Lunatic asylums in Bengal annual reports 1888-1898 - 1888-1898
Year: 1888
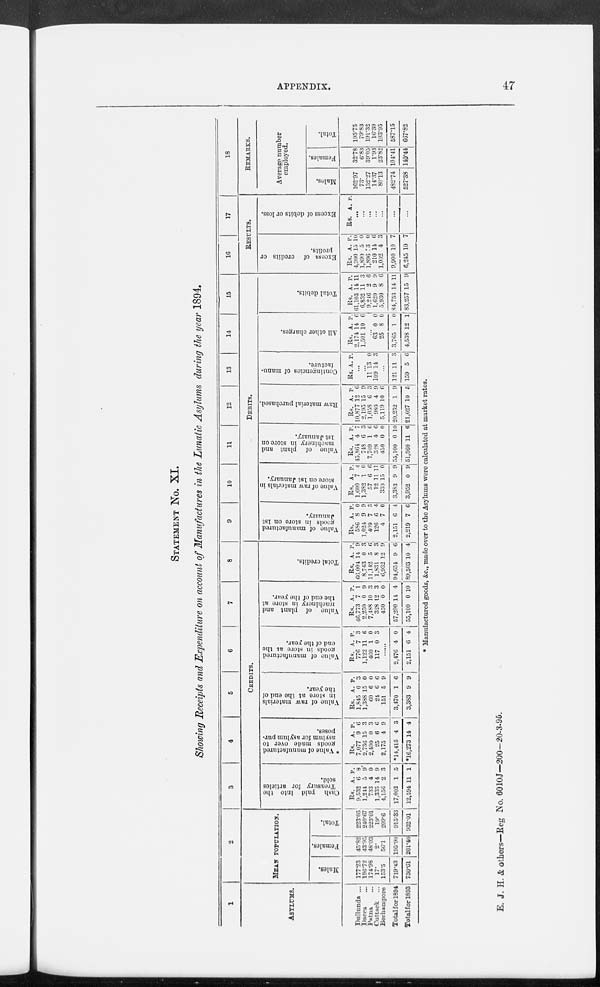
APPENDIX.
47
STATEMENT No. XI.
Showing Receipts and Expenditure on account of Manufactures in the Lunatic Asylums during the year 1894.
1
ASYLUMS.
Dullunda ...
Dacca
...
Patna ...
Cuttack
...
Berhampore
Total for 1894
Total for 1893
2
MEAN POPULATION.
Males.
177.23
196.72
174.08
17.
153.5
719.43
730.61
Females.
45.82
43.95
48.03
2.
56.1
195.90
201.40
Total.
223.05
240.67
223.01
19.
209.6
915.33
932.01
3
4
5
6
7
8
CREDITS.
Cash paid into the
Treasury for articles
sold.
Rs.
9,532
1,244
733
1,335
4,156
17,002
12,594
A.
6
5
4
14
2
1
11
P.
8
9
0
9
3
5
1
* Value of manufactured
goods made over to
asylum for asylum pur-
poses.
Rs.
7,077
2,736
2,400
25
2,175
*14,415
*16,273
A.
9
15
0
6
4
4
14
P.
6
3
3
6
9
3
4
Value of raw materials
in store at the end of
the year.
Rs.
1,845
1,388
60
24
151
3,470
3,383
A.
0
15
6
6
5
1
9
P.
3
0
0
6
9
6
9
Value of manufactured
goods in store at the
end of the year.
Rs.
776
1,122
460
117
A.
7
11
1
0
P.
3
6
0
3
......
2,476
2,151
4
6
0
4
Value of plant and
machinery in store at
the end of the year.
Rs.
46,773
2,250
7,488
328
450
57,290
55,100
A.
7
0
10
12
0
14
0
P.
1
9
3
3
0
4
10
Total credits.
Rs.
66,004
8,743
11,142
1,831
6,932
94,654
89,503
A.
14
0
5
8
12
9
10
P.
9
3
6
3
9
6
4
9
10
11
12
13
14
15
DEBITS.
Value of manufactured
goods in store on 1st
Junuary.
Rs.
586
1,024
409
126
4
2,151
2,219
A.
8
9
7
6
7
6
7
P.
0
9
3
4
0
4
6
Value of raw materials in
store on 1st January.
Rs.
1,600
1,382
57
12
339
3,383
3,952
A.
7
1
6
11
15
9
0
P.
4
0
6
11
0
9
9
Value of plant and
machinery in store on
1st January.
Rs.
45,864
748
7,709
328
450
55,100
51,360
A.
4
6
1
4
0
0
11
P.
7
3
6
6
0
10
6
Raw material purchased.
Rs.
10,877
2,195
1,058
980
5,119
20,232
21,027
A.
12
15
6
4
10
1
10
P.
6
9
3
9
6
9
5
Contingencies of manu-
facture.
Rs. A. P.
...
...
11
109
13
14
0
3
...
121
159
11
5
3
6
All other charges.
Rs.
2,174
1,501
A.
14
10
P.
6
6
...
63
25
3,765
4,538
0
8
1
12
0
0
0
1
Total debits.
Rs.
61,103
6,852
9,246
1,620
5,930
84,753
83,257
A.
14
11
2
9
8
14
15
P.
11 3
0
9
6
11
9
16
17
RESULTS.
Excess of credits or
profits.
Rs.
4,900
1,890
1,896
210
1,002
9,900
6,245
A.
15
5
3
14
4
10
10
P.
10
0
0
6
3
7
7
Excess of debits or loss.
Rs. A. P.
...
...
...
...
...
...
...
18
REMARKS.
Average number
employed.
Males.
162.97
73.
152.27
14.37
80.13
482.74
527.38
Females.
32.78
6.83
39.05
1.93
23.82
104.41
140.44
Total.
195.75
79.83
191.32
16.30
103.95
587.15
667.82
* Manufactured goods, &c., made over to the Asylums were calculated at market rates.
E. J. H. & others—Reg No. 6010J—200-20-3-95.